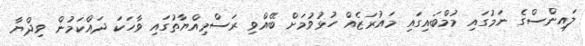
ލައިންސްގެ ނަމުގައި މުމްބައިގައި މައުރަޒެއް ހުޅުވުމަށް ބޭއްވި ރަސްމިއްޔާތުގައި ވާހަކަ ދައްކަމުން ވިދްޔާ